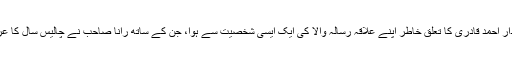
انھیں شخصیات میں سے رانا دلدار احمد قادری کا تعلق خاطر اپنے علاقہ رسالہ والا کی ایک ایسی شخصیت سے ہوا، جن کے ساتھ رانا صاحب نے چالیس سال کا عرصہ مضبوط بنیادوں پر گزارا ۔